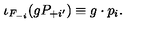
\iota _ { F _ { - i } } ( g P _ { + i ^ { \prime } } ) \equiv g \cdot p _ { i } .